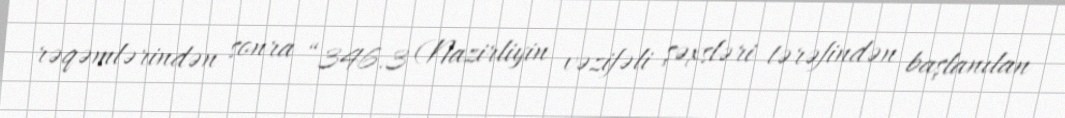
rəqəmlərindən sonra “346.3 (Nazirliyin vəzifəli şəxsləri tərəfindən başlanılan